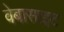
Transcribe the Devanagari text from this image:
वेबासाइट